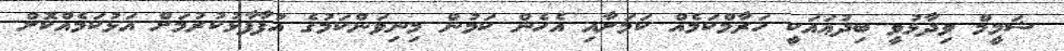
ޝަމީމް ވިދާޅުވީ ބިދުޢައަކީ ހަރާމްކަމެއް ކަމަށާއި އެހެން ކަމުން މިނިވަންކަމުގެ އުފާފާޅުކުރުމަށް އަޅުކަމެއްކޮށް